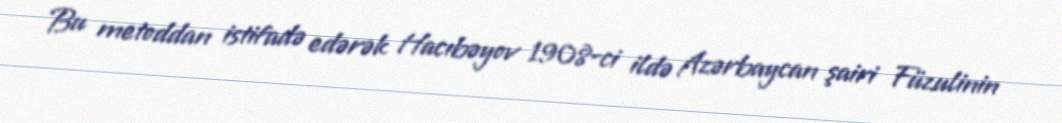
Bu metoddan istifadə edərək Hacıbəyov 1908-ci ildə Azərbaycan şairi Füzulinin